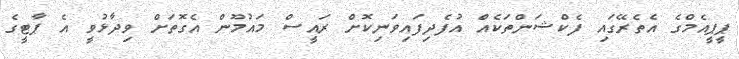
ޕީޕީއެމްގެ އެތެރޭގައި ފެކްޝަންތަކެއް އުފެދިފައިވަނިކޮށް ރައީސް މައުމޫން އެގޮތަށް ވިދާޅުވީ އެ ޕާޓީގެ